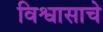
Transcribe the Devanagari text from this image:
विश्वासाचे